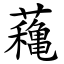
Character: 蘒